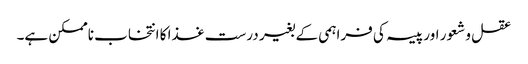
عقل و شعور اور پیسہ کی فراہمی کے بغیر درست غذا کا انتخاب ناممکن ہے۔